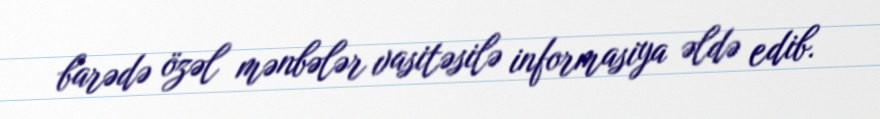
barədə özəl mənbələr vasitəsilə informasiya əldə edib.